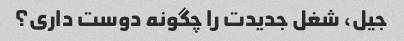
جیل، شغل جدیدت را چگونه دوست داری؟